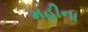
મહીના